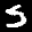
Label: 5